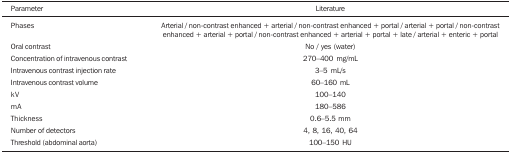
<table><thead><tr><td><b>Parameter</b></td><td><b>Literature</b></td></tr></thead><tbody><tr><td>Phases</td><td>Arterial / non-contrast enhanced + arterial /non-contrast enhanced + portal / arterial + portal / non-contrastenhanced + arterial + portal / non-contrast enhanced + arterial +portal + late / arterial + enteric + portal</td></tr><tr><td>Oral contrast</td><td>No / yes (water)</td></tr><tr><td>Concentration of intravenous contrast</td><td>270-400 mg/mL</td></tr><tr><td>Intravenous contrast injection rate</td><td>3-5 mL/s</td></tr><tr><td>Intravenous contrast volume</td><td>60-160 mL</td></tr><tr><td>kV</td><td>100-140</td></tr><tr><td>mA</td><td>180-586</td></tr><tr><td>Thickness</td><td>0.6-5.5 mm</td></tr><tr><td>Number of detectors</td><td>4, 8, 16, 40, 64</td></tr><tr><td>Threshold (abdominal aorta)</td><td>100-150 HU</td></tr></tbody></table>